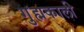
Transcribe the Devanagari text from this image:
गुह्मकाली